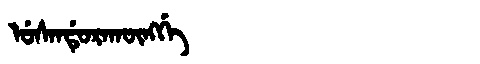
Manchu: ᡠᠰᠠᠨᡩᡠᡵᠠᡴᡡᠩᡤᡝ
Romanization: USANDURAKŪNGGE